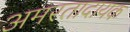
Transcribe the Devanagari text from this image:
अमरतादायक